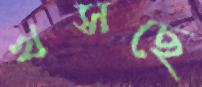
খসছে